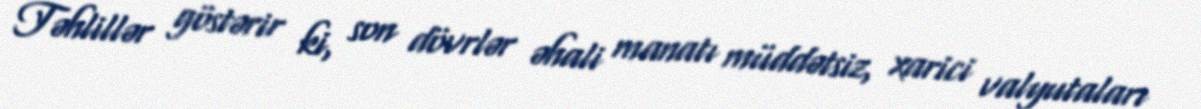
Təhlillər göstərir ki, son dövrlər əhali manatı müddətsiz, xarici valyutaları